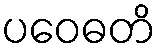
ပဝေဓတိ